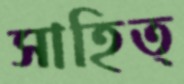
সাহিত্